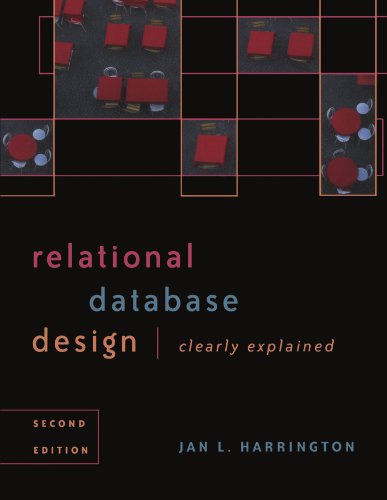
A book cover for Relational Database Design Clearly Explained, Second Edition (The Morgan Kaufmann Series in Data Management Systems); Jan L. Harrington; Computers & Technology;